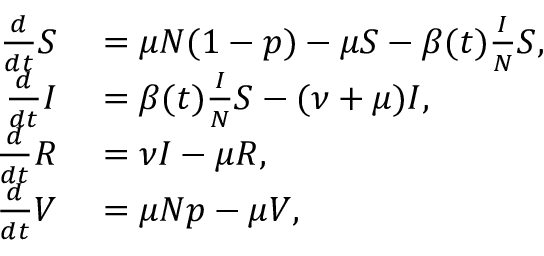
\begin{array} { r l } { \frac { d } { d t } S } & { { } = \mu N ( 1 - p ) - \mu S - \beta ( t ) \frac { I } { N } S , } \\ { \frac { d } { d t } I } & { { } = \beta ( t ) \frac { I } { N } S - ( \nu + \mu ) I , } \\ { \frac { d } { d t } R } & { { } = \nu I - \mu R , } \\ { \frac { d } { d t } V } & { { } = \mu N p - \mu V , } \end{array}